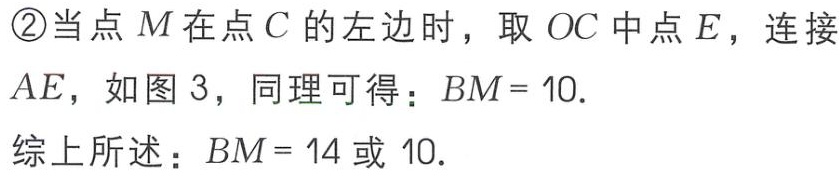
\textcircled{2}当点\(M\)在点\(C\)的左边时，取 \(OC\) 中点 \(E\)，连接 \(AE\)，如图 \(3\)，同理可得：\(BM = 10\).
综上所述：\(BM = 14\) 或 \(10\).